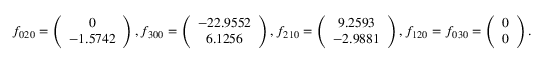
f _ { 0 2 0 } = \left( \begin{array} { c } { 0 } \\ { - 1 . 5 7 4 2 } \end{array} \right) , f _ { 3 0 0 } = \left( \begin{array} { c } { - 2 2 . 9 5 5 2 } \\ { 6 . 1 2 5 6 } \end{array} \right) , f _ { 2 1 0 } = \left( \begin{array} { c } { 9 . 2 5 9 3 } \\ { - 2 . 9 8 8 1 } \end{array} \right) , f _ { 1 2 0 } = f _ { 0 3 0 } = \left( \begin{array} { c } { 0 } \\ { 0 } \end{array} \right) .